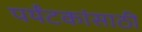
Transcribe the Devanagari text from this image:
पर्यंटकांसाठी